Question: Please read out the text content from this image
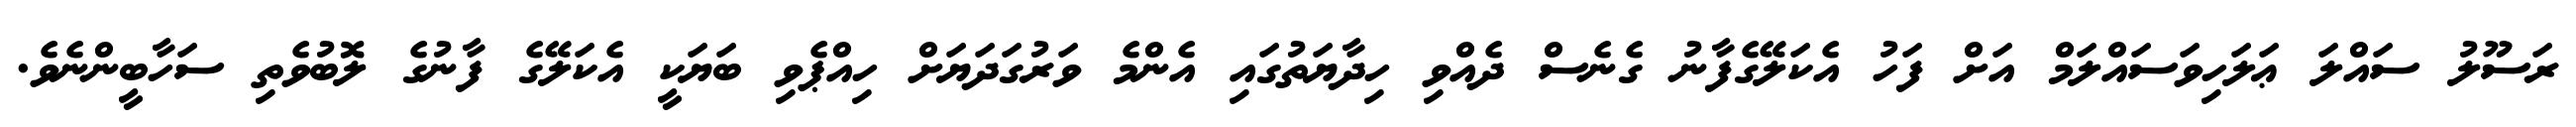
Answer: ރަސޫލު ސައްލަ ޢަލަހިވަސައްލަމް އަށް ފަހު އެކަލޭގެފާނު ގެނެސް ދެއްވި ހިދާޔަތުގައި އެންމެ ވަރުގަދަޔަށް ހިއްޕެވި ބަޔަކީ އެކަލޭގެ ފާނުގެ ލޮބުވެތި ސަހާބީންނެވެ.